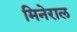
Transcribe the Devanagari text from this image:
मिनेराल